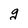
Character: g